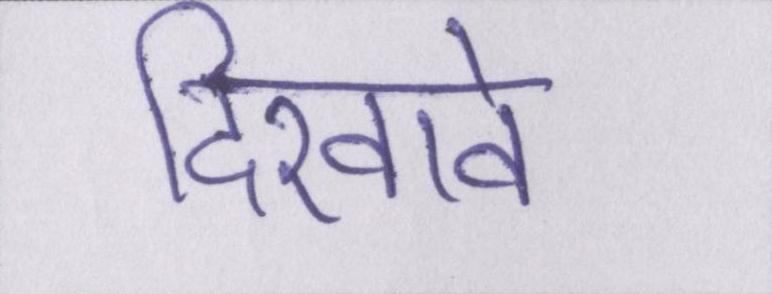
दिखावे